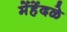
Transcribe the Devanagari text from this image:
मेंहेंदळे